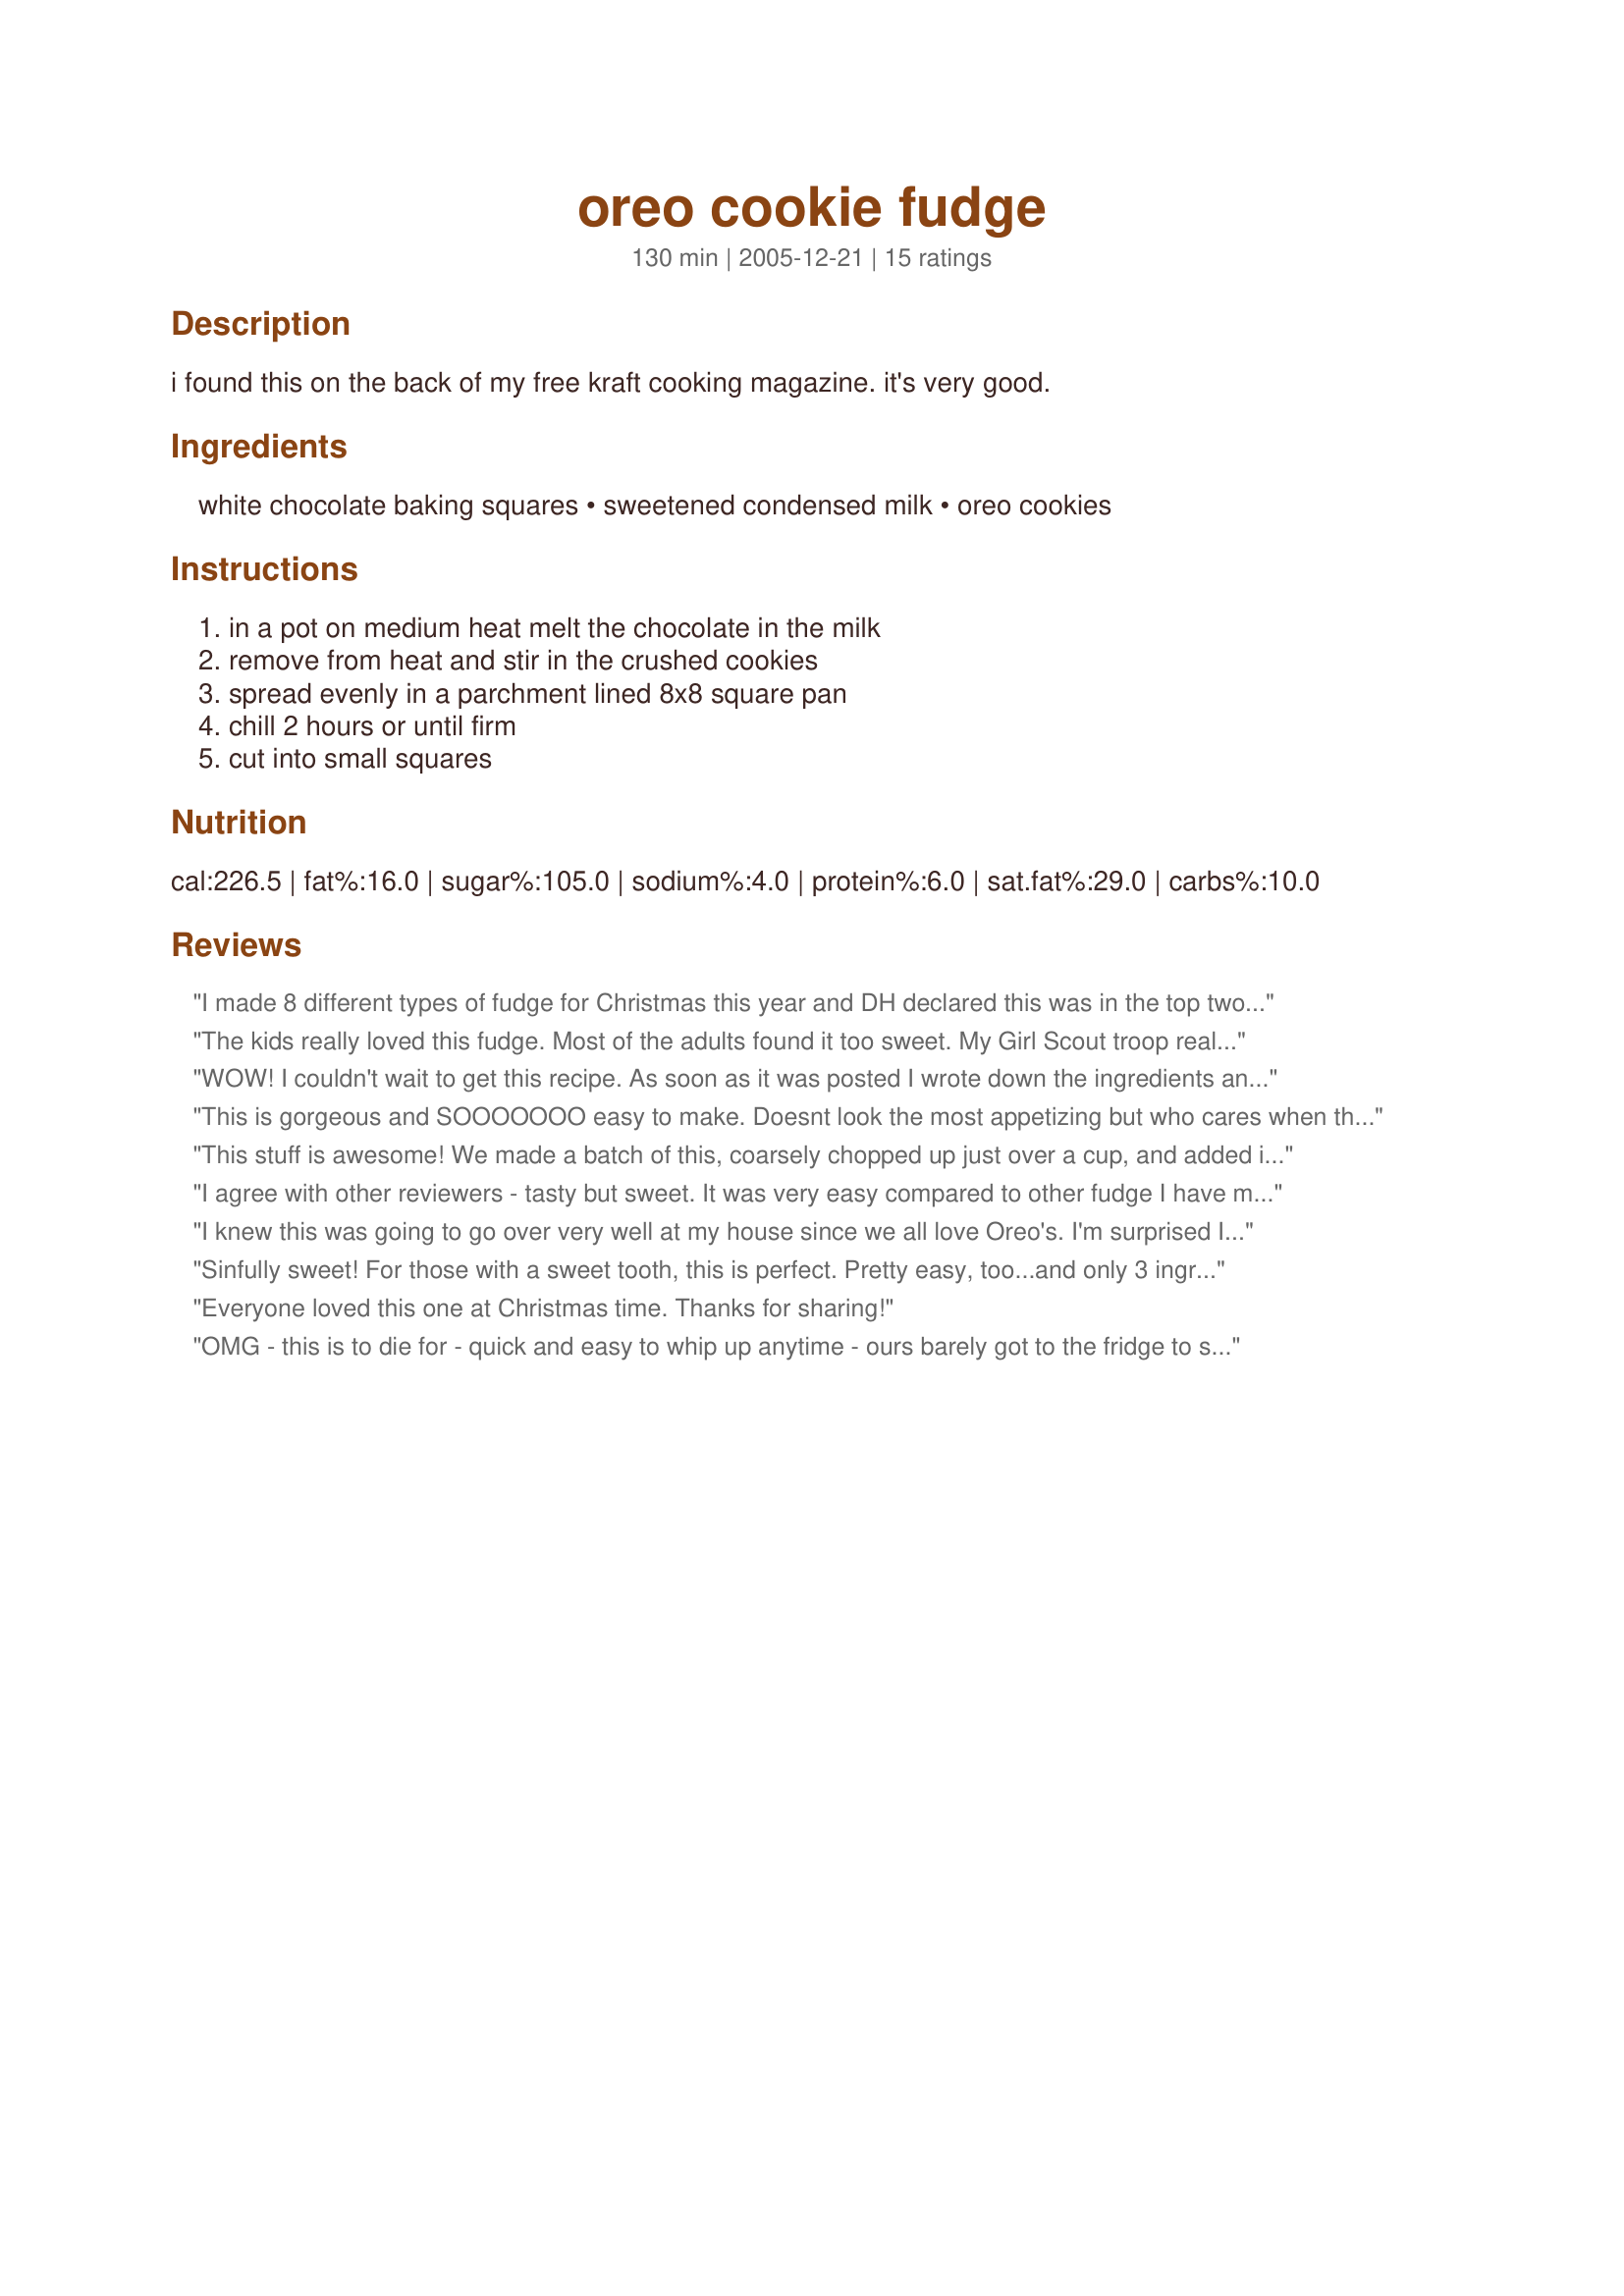
oreo cookie fudge
Preparation time: 130 minutes

i found this on the back of my free kraft cooking magazine. it's very good.

Ingredients:
white chocolate baking squares, sweetened condensed milk, oreo cookies

Steps:
in a pot on medium heat melt the chocolate in the milk, remove from heat and stir in the crushed cookies, spread evenly in a parchment lined 8x8 square pan, chill 2 hours or until firm, cut into small squares

Reviews:
I made 8 different types of fudge for Christmas this year and DH declared this was in the top two! DD also made 2 different types of fudge for her friends and this one was their favorite. Goes without saying, we'll definitely be making this again!
The kids really loved this fudge. Most of the adults found it too sweet. My Girl Scout troop really scarfed this down. It was quite easy to make and inexpensive. Made and Reviewed for Every Day Holiday Tag - Thanks! :)
WOW! I couldn't wait to get this recipe. As soon as it was posted I wrote down the ingredients and went right to the store.
This recipe is so easy to make and so very GOOD! If your a oreo fan you will love this fudge. Its so YUMMY! 
Thanks for sharing the recipe Lori in Canada! I am so happy!! :) Wish I could give the recipe a higher rating!! :)
This is gorgeous and SOOOOOOO easy to make. Doesnt look the most appetizing but who cares when they taste like this.
This stuff is awesome! We made a batch of this, coarsely chopped up just over a cup, and added it to a 1 quart homemade batch of Ben & Jerry's Light Chocolate Ice Cream. AMAAAAAAZING!!!
I agree with other reviewers - tasty but sweet. It was very easy compared to other fudge I have made.
I knew this was going to go over very well at my house since we all love Oreo's. I'm surprised I haven't seen this recipe b/f now. It was a great surprise to come across it in Holiday Beverage Tag. Thanks for sharing it w/us Lori!
Sinfully sweet! For those with a sweet tooth, this is perfect. Pretty easy, too...and only 3 ingredients. My MIL said it's her favorite fudge that I've ever made. Thanks so much for sharing this one, Lori Mama!
Everyone loved this one at Christmas time. Thanks for sharing!
OMG - this is to die for - quick and easy to whip up anytime - ours barely got to the fridge to set before there were fingers crawling all over it like ants - my daughter is about to do a second batch to take to school - perhaps unsuitable for dieters !!
This is good and it very much tastes like oreo cookies! If you love oreo cookies, you definitely should love this one. Thanks for posting!
This is so sweet and I like sweets. I used mint oreos and red white chocolate - didn&#039;t make for the prettiest fudge but it was good just super sweet. It didn&#039;t totally set up either but pretty close.
GREAT oreo cookie fudge! I have several other fudge recipes and this is by far the most simple - and delicious! Highly recommended!
I used mint oreos for this. I ended up not putting in quite two cups as it seemed to be very cookie rich before the full two cups were added. This was very easy to made. I am all in favor of fudges I dont have to get to a certain temp. :D It is really super sweet but quite yummy.
This is a good fudge recipe. The adults did not enjoy it as much as the kids but that is good for our diets LOL. The recipes comes together very simply. I've saved a lot of it to share at our family Christmas party. Thanks for sharing. Tagged in Holiday Tag.
